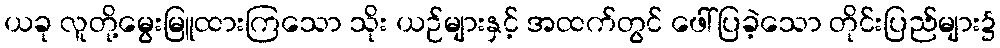
ယခု လူတို့မွေးမြူထားကြသော သိုး ယဉ်များနှင့် အထက်တွင် ဖေါ်ပြခဲ့သော တိုင်းပြည်များ၌